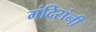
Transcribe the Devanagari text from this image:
मंदिरांनी